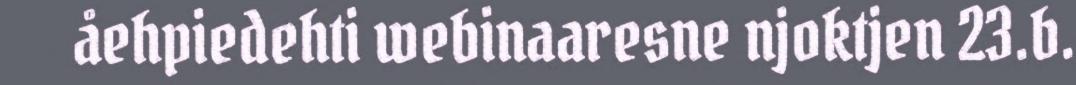
åehpiedehti webinaaresne njoktjen 23.b.